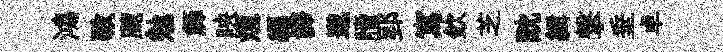
鴻斁颼勉簰映烜纒譯邈牘郢寫欽芝酖緝撃垂卓